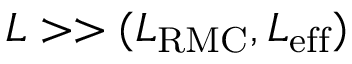
L > > ( L _ { \mathrm { R M C } } , L _ { \mathrm { e f f } } )